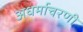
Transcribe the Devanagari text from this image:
अधर्माचरणी